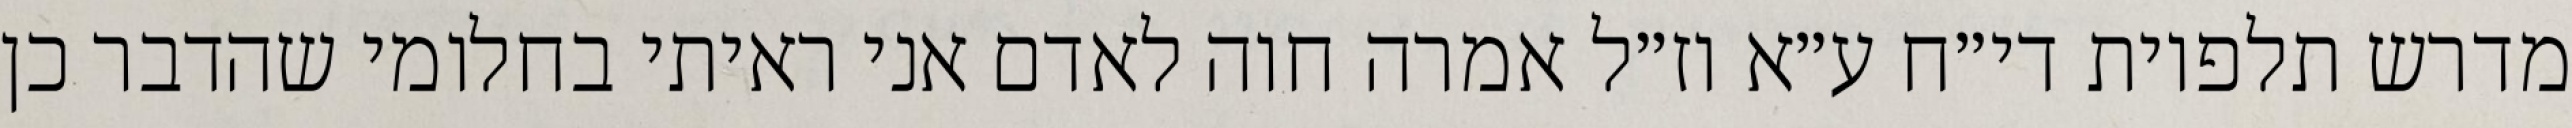
מדרש תלפיות די״ח ע״א וז״ל אמרה חוה לאדם אני ראיתי בחלומי שהדבר כן